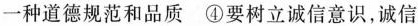
一种道德规范和品质 ④要树立诚信意识，诚信